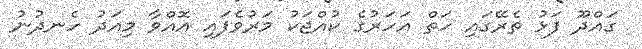
ގައްދޫ ފަޅު ތެރޭގައި ހަތް އަހަރުގެ ކުއްޖަކު މަރުވެފައި އޮއްވާ މިއަދު ހެނދުނު